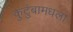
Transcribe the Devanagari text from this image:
कुटुंबामधला